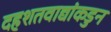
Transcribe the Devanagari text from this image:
दहशतवाद्यांकडुन